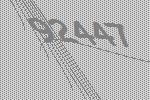
92447